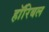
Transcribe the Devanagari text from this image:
हॉरिबल